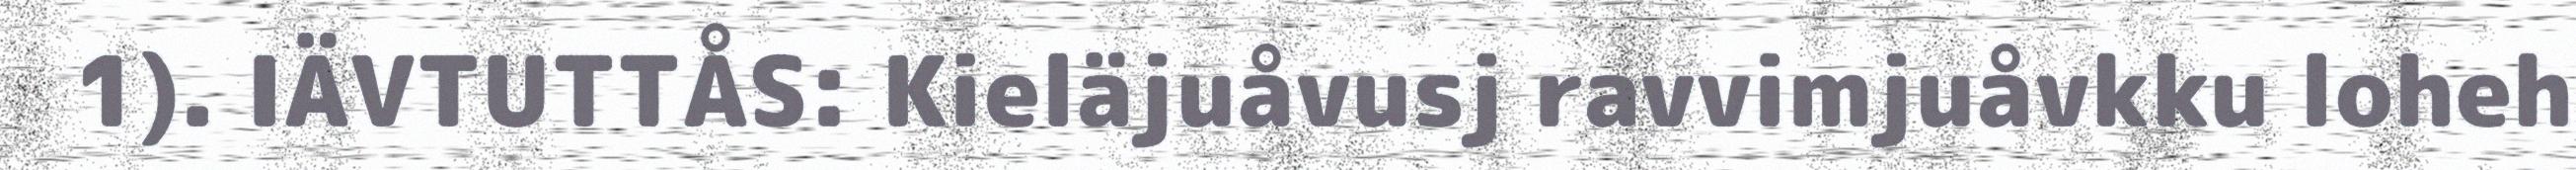
1). IÄVTUTTÅS: Kieläjuåvusj ravvimjuåvkku loheh